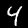
Digit: 4